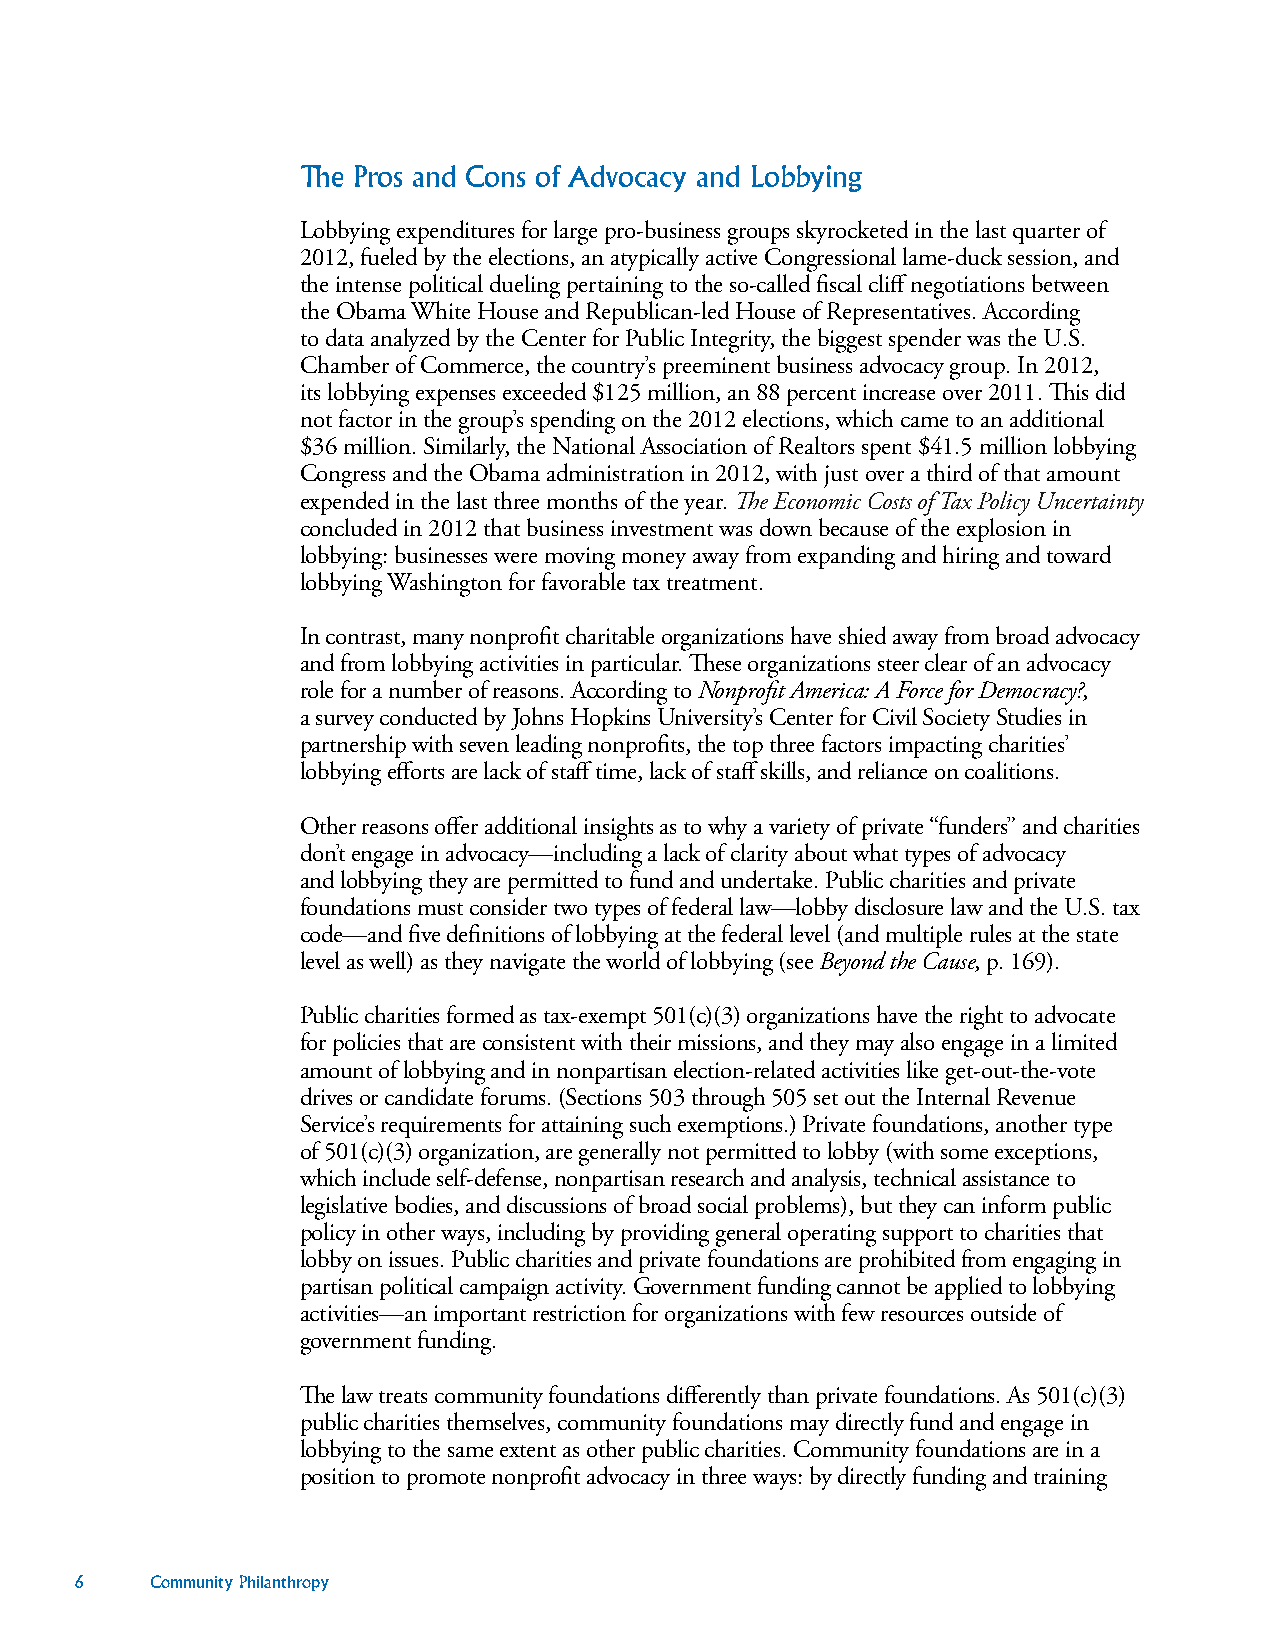
The Pros and Cons of Advocacy and Lobbying
 Lobbying expenditures for large pro-business groups skyrocketed in the last quarter of
 2012, fueled by the elections, an atypically active Congressional lame-duck session, and
 the intense political dueling pertaining to the so-called fiscal cliff negotiations between
 the Obama White House and Republican-led House of Representatives. According
 to data analyzed by the Center for Public Integrity, the biggest spender was the U.S.
 Chamber of Commerce, the country’s preeminent business advocacy group. In 2012,
 its lobbying expenses exceeded $125 million, an 88 percent increase over 2011. This did
 not factor in the group’s spending on the 2012 elections, which came to an additional
 $36 million. Similarly, the National Association of Realtors spent $41.5 million lobbying
 Congress and the Obama administration in 2012, with just over a third of that amount
 expended in the last three months of the year. The Economic Costs of Tax Policy Uncertainty
 concluded in 2012 that business investment was down because of the explosion in
 lobbying: businesses were moving money away from expanding and hiring and toward
 lobbying Washington for favorable tax treatment.
 In contrast, many nonprofit charitable organizations have shied away from broad advocacy
 and from lobbying activities in particular. These organizations steer clear of an advocacy
 role for a number of reasons. According to Nonprofit America: A Force for Democracy?,
 a survey conducted by Johns Hopkins University’s Center for Civil Society Studies in
 partnership with seven leading nonprofits, the top three factors impacting charities’
 lobbying efforts are lack of staff time, lack of staff skills, and reliance on coalitions.
 Other reasons offer additional insights as to why a variety of private “funders” and charities
 don’t engage in advocacy—including a lack of clarity about what types of advocacy
 and lobbying they are permitted to fund and undertake. Public charities and private
 foundations must consider two types of federal law—lobby disclosure law and the U.S. tax
 code—and five definitions of lobbying at the federal level (and multiple rules at the state
 level as well) as they navigate the world of lobbying (see Beyond the Cause, p. 169).
 Public charities formed as tax-exempt 501(c)(3) organizations have the right to advocate
 for policies that are consistent with their missions, and they may also engage in a limited
 amount of lobbying and in nonpartisan election-related activities like get-out-the-vote
 drives or candidate forums. (Sections 503 through 505 set out the Internal Revenue
 Service’s requirements for attaining such exemptions.) Private foundations, another type
 of 501(c)(3) organization, are generally not permitted to lobby (with some exceptions,
 which include self-defense, nonpartisan research and analysis, technical assistance to
 legislative bodies, and discussions of broad social problems), but they can inform public
 policy in other ways, including by providing general operating support to charities that
 lobby on issues. Public charities and private foundations are prohibited from engaging in
 partisan political campaign activity. Government funding cannot be applied to lobbying
 activities—an important restriction for organizations with few resources outside of
 government funding.
 The law treats community foundations differently than private foundations. As 501(c)(3)
 public charities themselves, community foundations may directly fund and engage in
 lobbying to the same extent as other public charities. Community foundations are in a
 position to promote nonprofit advocacy in three ways: by directly funding and training
 6    Community Philanthropy